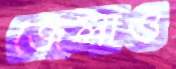
জেলাও